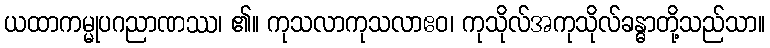
ယထာကမ္မုပဂညာဏဿ၊ ၏။ ကုသလာကုသလာဧဝ၊ ကုသိုလ်အကုသိုလ်ခန္ဓာတို့သည်သာ။